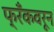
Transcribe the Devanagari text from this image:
फ्रँकवरून